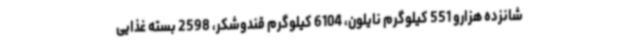
شانزده هزارو 551 کیلوگرم نایلون، 6104 کیلوگرم قندوشکر، 2598 بسته غذایی